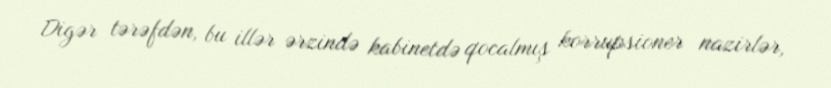
Digər tərəfdən, bu illər ərzində kabinetdə qocalmış korrupsioner nazirlər,